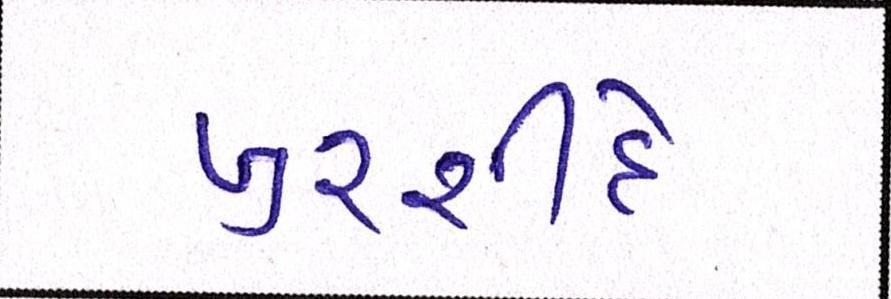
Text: ખુરશીદે